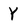
Character: Y